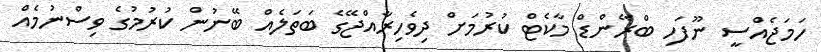
ހަމަޖެއްސީ ނޫފަހި ބްރޭންޑް މާކެޓް ކުރުމަށް ދިވެހިރާއްޖޭގެ ބަތަލެއް ބޭނުން ކުރުމުގެ ވިސްނުމެއް